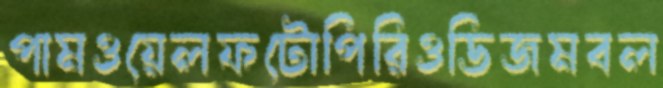
পামওয়েলফটোপিরিওডিজমবল